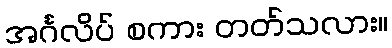
အင်္ဂလိပ် စကား တတ်သလား။